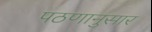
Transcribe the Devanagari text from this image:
पठणानुसार